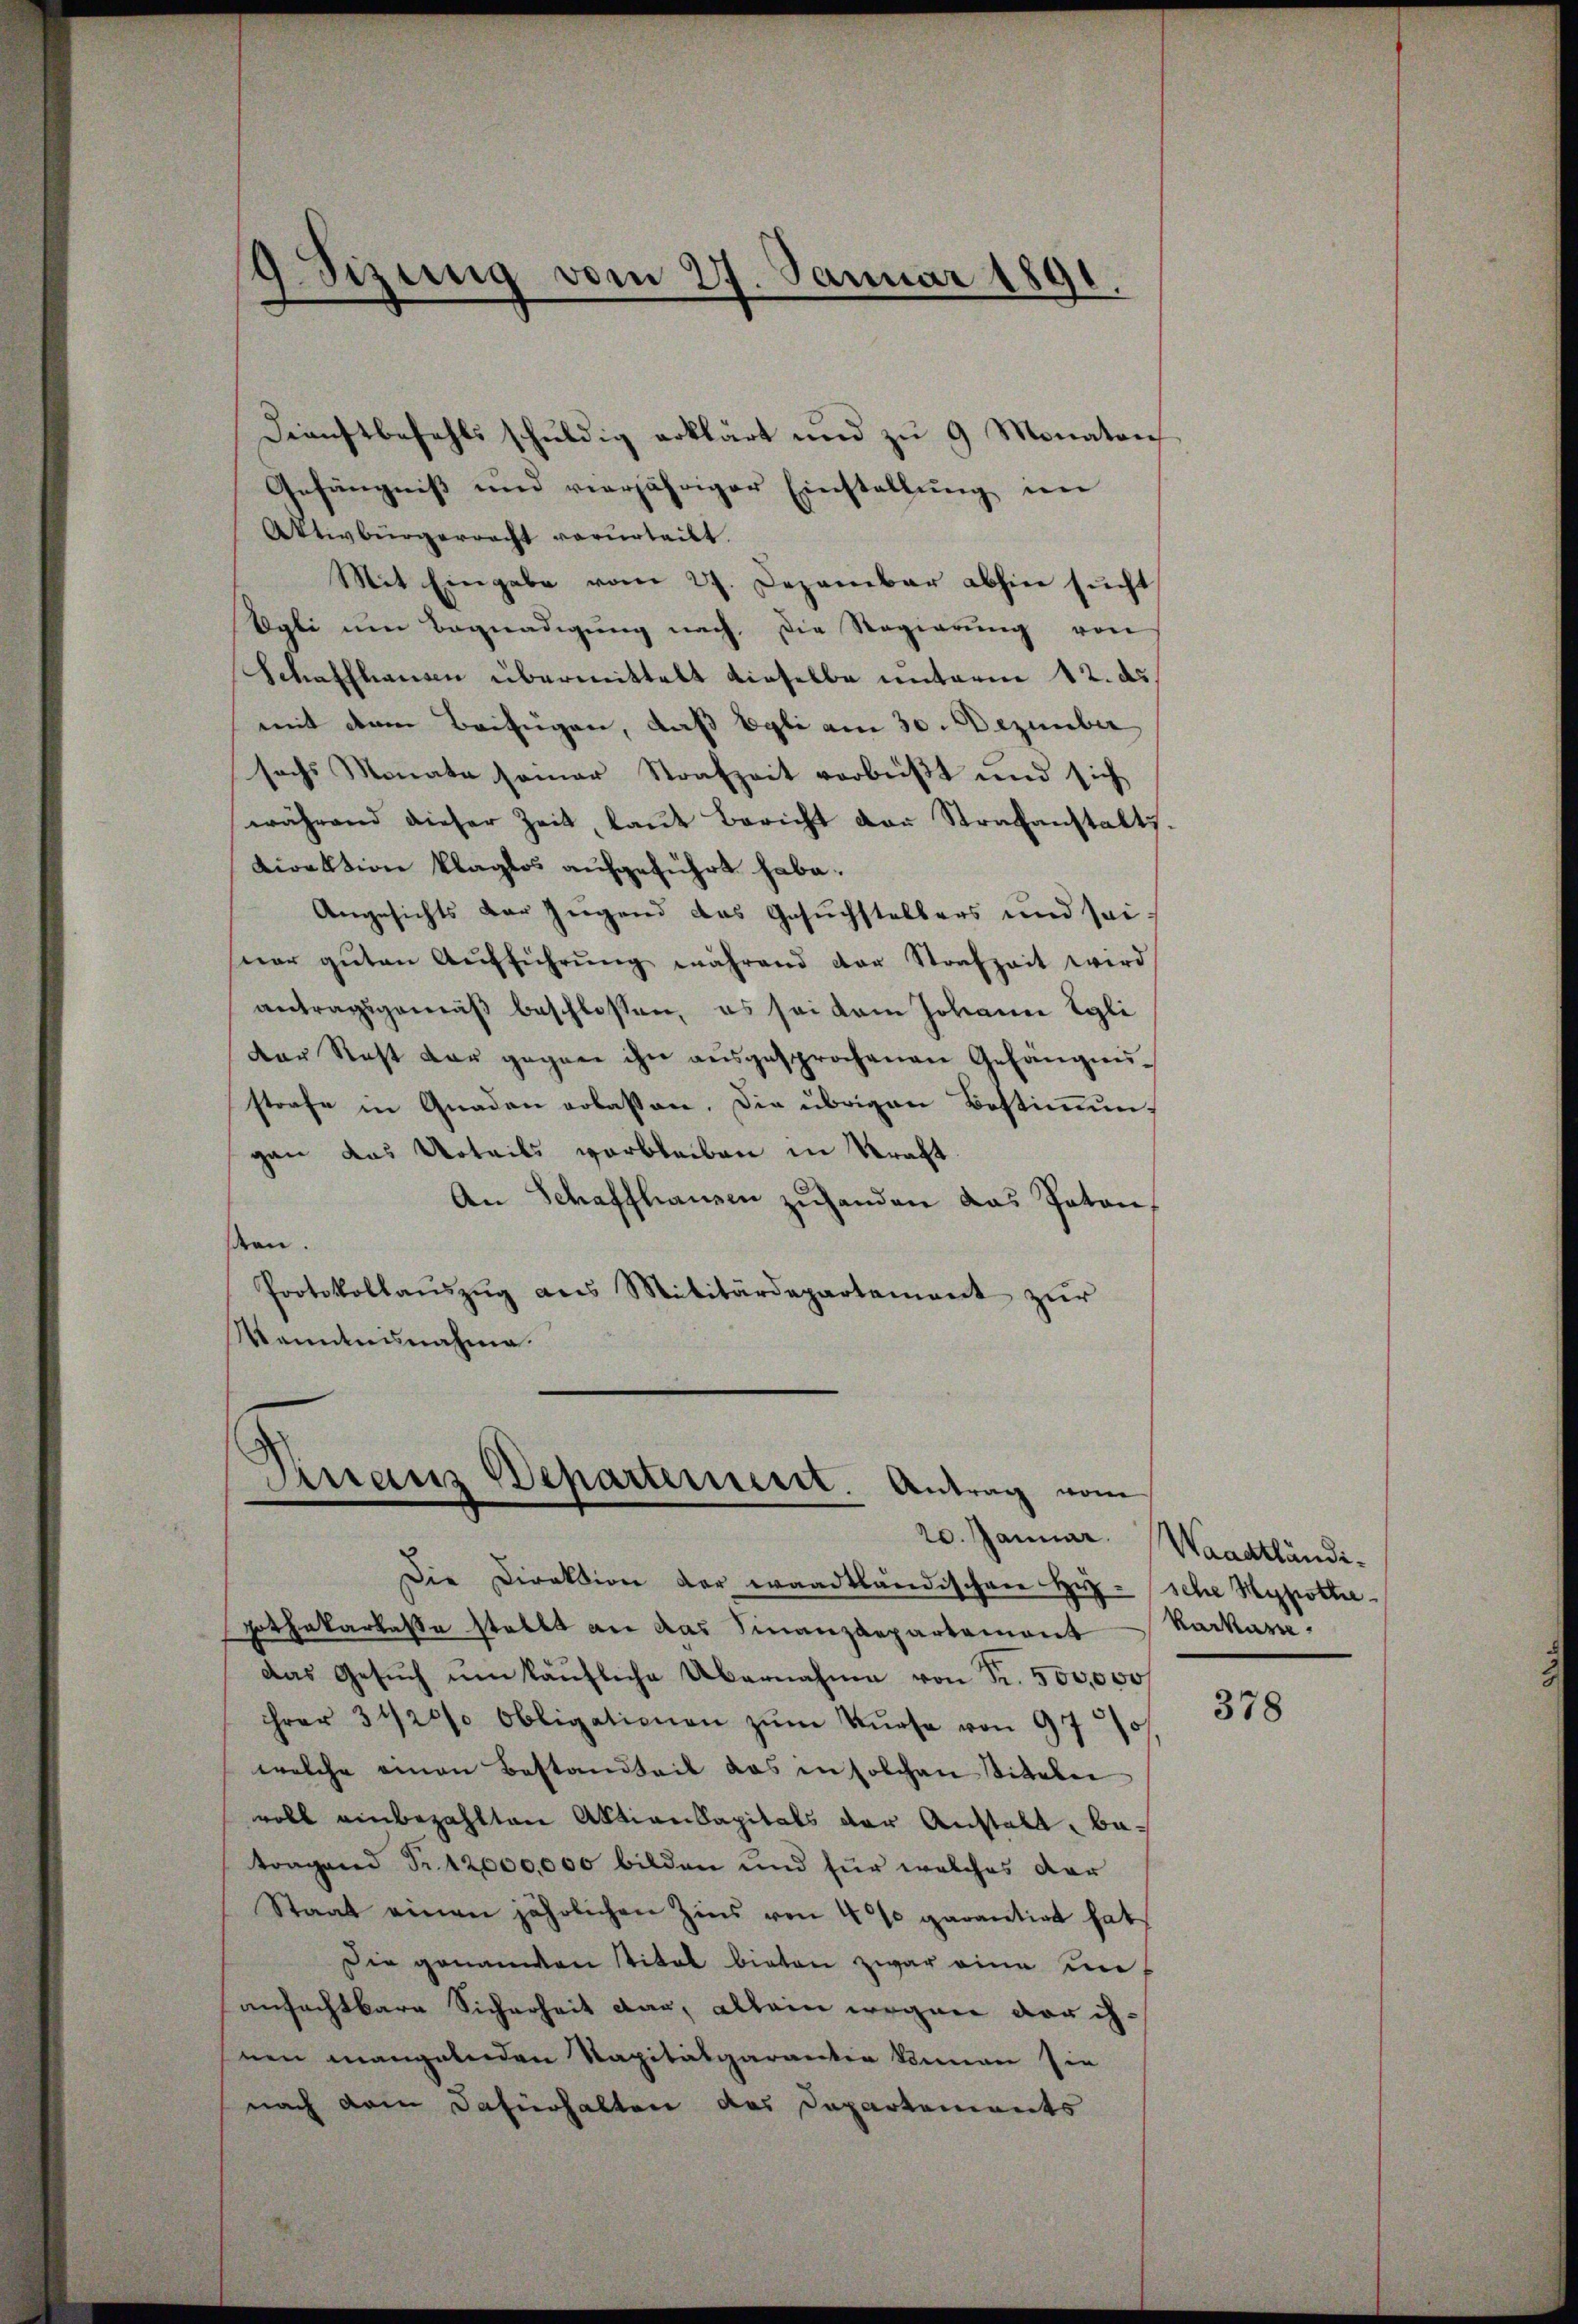
Dienstbefehls schuldig erklärt und zu 9 Monaten
Gefängniß und vierjähriger Einstellung im
Aktivbürgerracht verurteilt.
Mit Eingabe vom 27. Dezember abhin sŭcht
Vgli ŭm Begnadigŭng nach die Regierŭng von
Schaffhausen übermittelt dieselbe unterm 12. ds.
mit dem Beifügen, daß Egli am 30. Dezember
sechs Monate semar Strafzeit verbüßt und sich
während dieser Zeit, laut Bericht der Strafanstalts.
Direktion klaglos aufgeführt habe.
Angesichts der Jugend das Gesuchstellers und seiner gŭten Aŭfführŭng während der Strafzeit wird
antragsgemäß beschlossen, es sei dem Johann Egli
Der Rest der gegen ihn ausgesprochenen Gefängnisstrafe in Gnaden erlassen. Die übrigen Bestimmun-
gan das Urteils verbleiben in Straft.
An Schaffhausen zŭ handen das Paten,
sten.
Protokollaŭszŭg ans Militärdepartement zŭr
Manntnisnahme.

9 Sizung vom 27. Januar 1891.
e

Finanz Departerint. Antrag vom

Die Direktion der waadtländischen Her- sche Hypothe¬
Hothekarkasse stellt an das Finanzdepartement
das Gesŭch ŭm käŭfliche Übernahme von Fr. 500,000f
hrer 3420% Obligationen zŭm Kurse von 97%
welche einen Bestandheit das in solchen Titelei
voll einbezahlten Aktienkapitals der Anstalt, betragend Fr. 12,000,000 bilden und für welches dar
Staat einen jährlichen Zins von 40% garantirt hat,
Die genannten Titel bieten zwar eine in
anfachtbare Sicherheit dar, allein wegen der ihnen mangelnden Kapitalgaranter kenner sie
nach dem Dafürhalten das Dapartements

20. Januar. Waadtländikarkasse.

378